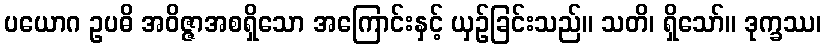
ပယောဂ ဥပဓိ အဝိဇ္ဇာအစရှိသော အကြောင်းနှင့် ယှဉ်ခြင်းသည်။ သတိ၊ ရှိသော်။ ဒုက္ခဿ၊